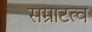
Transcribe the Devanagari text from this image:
सम्राटत्व